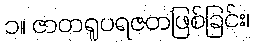
၁။ ဇာတရူပရဇတဖြစ်ခြင်း၊